Rangoon Lunatic Asylum 1878-1892 - 1878-1892
Year: 1878
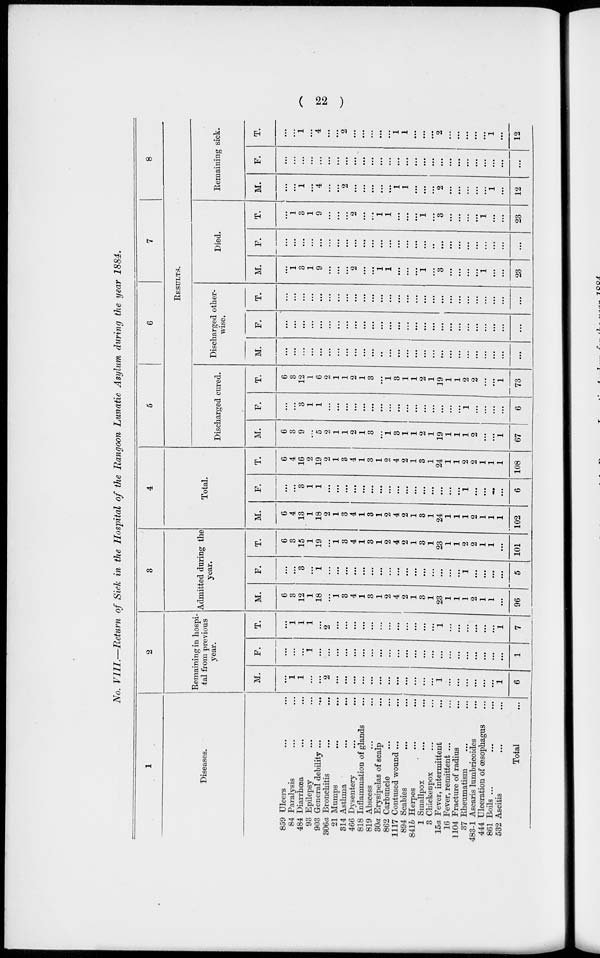
( 22 )
No. VIII.—Return of Sick in the Hospital of the Rangoon Lunatic Asylum during the year 1884.
1
Diseases.
859
84
484
93
903
306a
21
314
466
818
819
30a
862
1117
894
841b
1
3
15a
16
1104
37
483-1
444
861
532
Ulcers ... ...
Paralysis ... ...
Diarrhœa ... ...
Epilepsy ... ...
General debility ...
...
Bronchitis ... ...
Mumps ... ...
Asthma ... ...
Dysentery ... ...
Inflammation of glands ...
Abscess ... ...
Erysipelas of scalp ...
Carbuncle ... ...
Contused wound ... ...
Scabies ... ...
Herpes ... ...
Smallpox ... ... ...
Chickenpox ... ...
Fever, intermittent ...
Fever, remittent ... ...
Fracture of radius ... ...
Rheumatism
...
...
Ascaris lumbricoides ...
Ulceration of œsophagus ...
Boils ... ...
Ascitis ... ...
Total ...
2
Remaining in hospi-
tal from previous
year.
M.
...
1
1
...
...
2
...
...
...
...
...
...
...
...
...
...
...
...
1
...
...
...
...
...
...
1
6
F.
...
...
...
1
...
...
...
...
...
...
...
...
...
...
...
...
...
...
...
...
...
...
...
...
...
...
1
T.
...
1
1
1
...
2
...
...
...
...
...
...
...
...
...
...
...
...
1
...
...
...
...
...
...
1
7
3
Admitted during the
year.
M.
6
3
12
1
18
...
1
3
4
1
3
1
2
4
2
1
3
1
23
1
1
1
2
1
1
...
96
F.
...
...
3
...
1
...
...
...
...
...
...
...
...
...
...
...
...
...
...
...
...
1
...
...
...
...
5
T.
6
3
15
1
19
...
1
3
4
1
3
1
2
4
2
1
3
1
23
1
1
2
2
1
1
...
101
4
Total.
M.
6
4
13
1
18
2
1
3
4
1
3
1
2
4
2
1
3
1
24
1
1
1
2
1
1
1
102
F.
...
...
3
1
1
...
...
...
...
...
...
...
...
...
...
...
...
...
...
...
...
1
...
...
...
...
6
T.
6
4
16
2
19
2
1
3
4
1
3
1
2
4
2
1
3
1
24
1
1
2
2
1
1
1
108
5
6
7
8
RESULTS.
Discharged cured.
M.
6
3
9
...
5
2
1
1
2
1
3
...
1
3
1
1
2
1
19
1
1
1
2
...
...
1
67
F.
...
...
3
1
1
...
...
...
...
...
...
...
...
...
...
...
...
...
...
...
...
1
...
...
...
...
6
T.
6
3
12
1
6
2
1
1
2
1
3
...
1
3
1
1
2
1
19
1
1
2
2
...
...
1
73
Discharged other-
wise.
M.
...
...
...
...
...
...
...
...
...
...
...
...
...
...
...
...
...
...
...
...
...
...
...
...
...
...
...
F.
...
...
...
...
...
...
...
...
...
...
...
...
...
...
...
...
...
...
...
...
...
...
...
...
...
...
...
T.
...
...
...
...
...
...
...
...
...
...
...
...
...
...
...
...
...
...
...
...
...
...
...
...
...
...
...
Died.
M.
...
1
3
1
9
...
...
...
2
...
...
1
1
...
...
...
1
...
3
...
...
...
...
1
...
...
23
F.
...
...
...
...
...
...
...
...
...
...
...
...
...
...
...
...
...
...
...
...
...
...
...
...
...
...
...
T.
...
1
3
1
9
...
...
...
2
...
...
1
1
...
...
...
1
...
3
...
...
...
...
1
...
...
23
Remaining sick.
M.
...
...
1
...
4
...
...
2
...
...
...
...
...
1
1
...
...
...
2
...
...
...
...
...
1
...
12
F.
...
...
...
...
...
...
...
...
...
...
...
...
...
...
...
...
...
...
...
...
...
...
...
...
...
...
...
T.
...
...
1
...
4
...
...
2
...
...
...
...
...
1
1
...
...
...
2
...
...
...
...
...
1
...
12